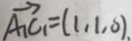
\overrightarrow { A _ { 1 } C _ { 1 } } = ( 1 , 1 , 6 )